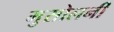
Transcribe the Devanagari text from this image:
मुसोलनी